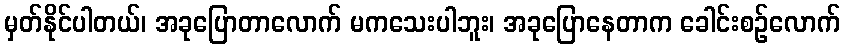
မှတ်နိုင်ပါတယ်၊ အခုပြောတာလောက် မကသေးပါဘူး၊ အခုပြောနေတာက ခေါင်းစဉ်လောက်